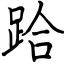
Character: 跲